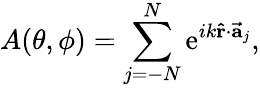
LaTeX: A(\theta,\phi)=\sum_{j=-N}^{N}\mathrm{e}^{ik\mathbf{{\hat{{r}}}}\cdot\mathbf{{\vec{{a}}}}_{j}},